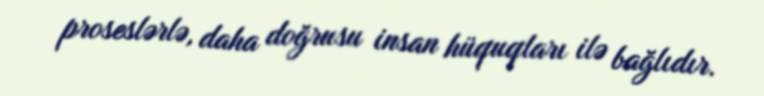
proseslərlə, daha doğrusu insan hüquqları ilə bağlıdır.